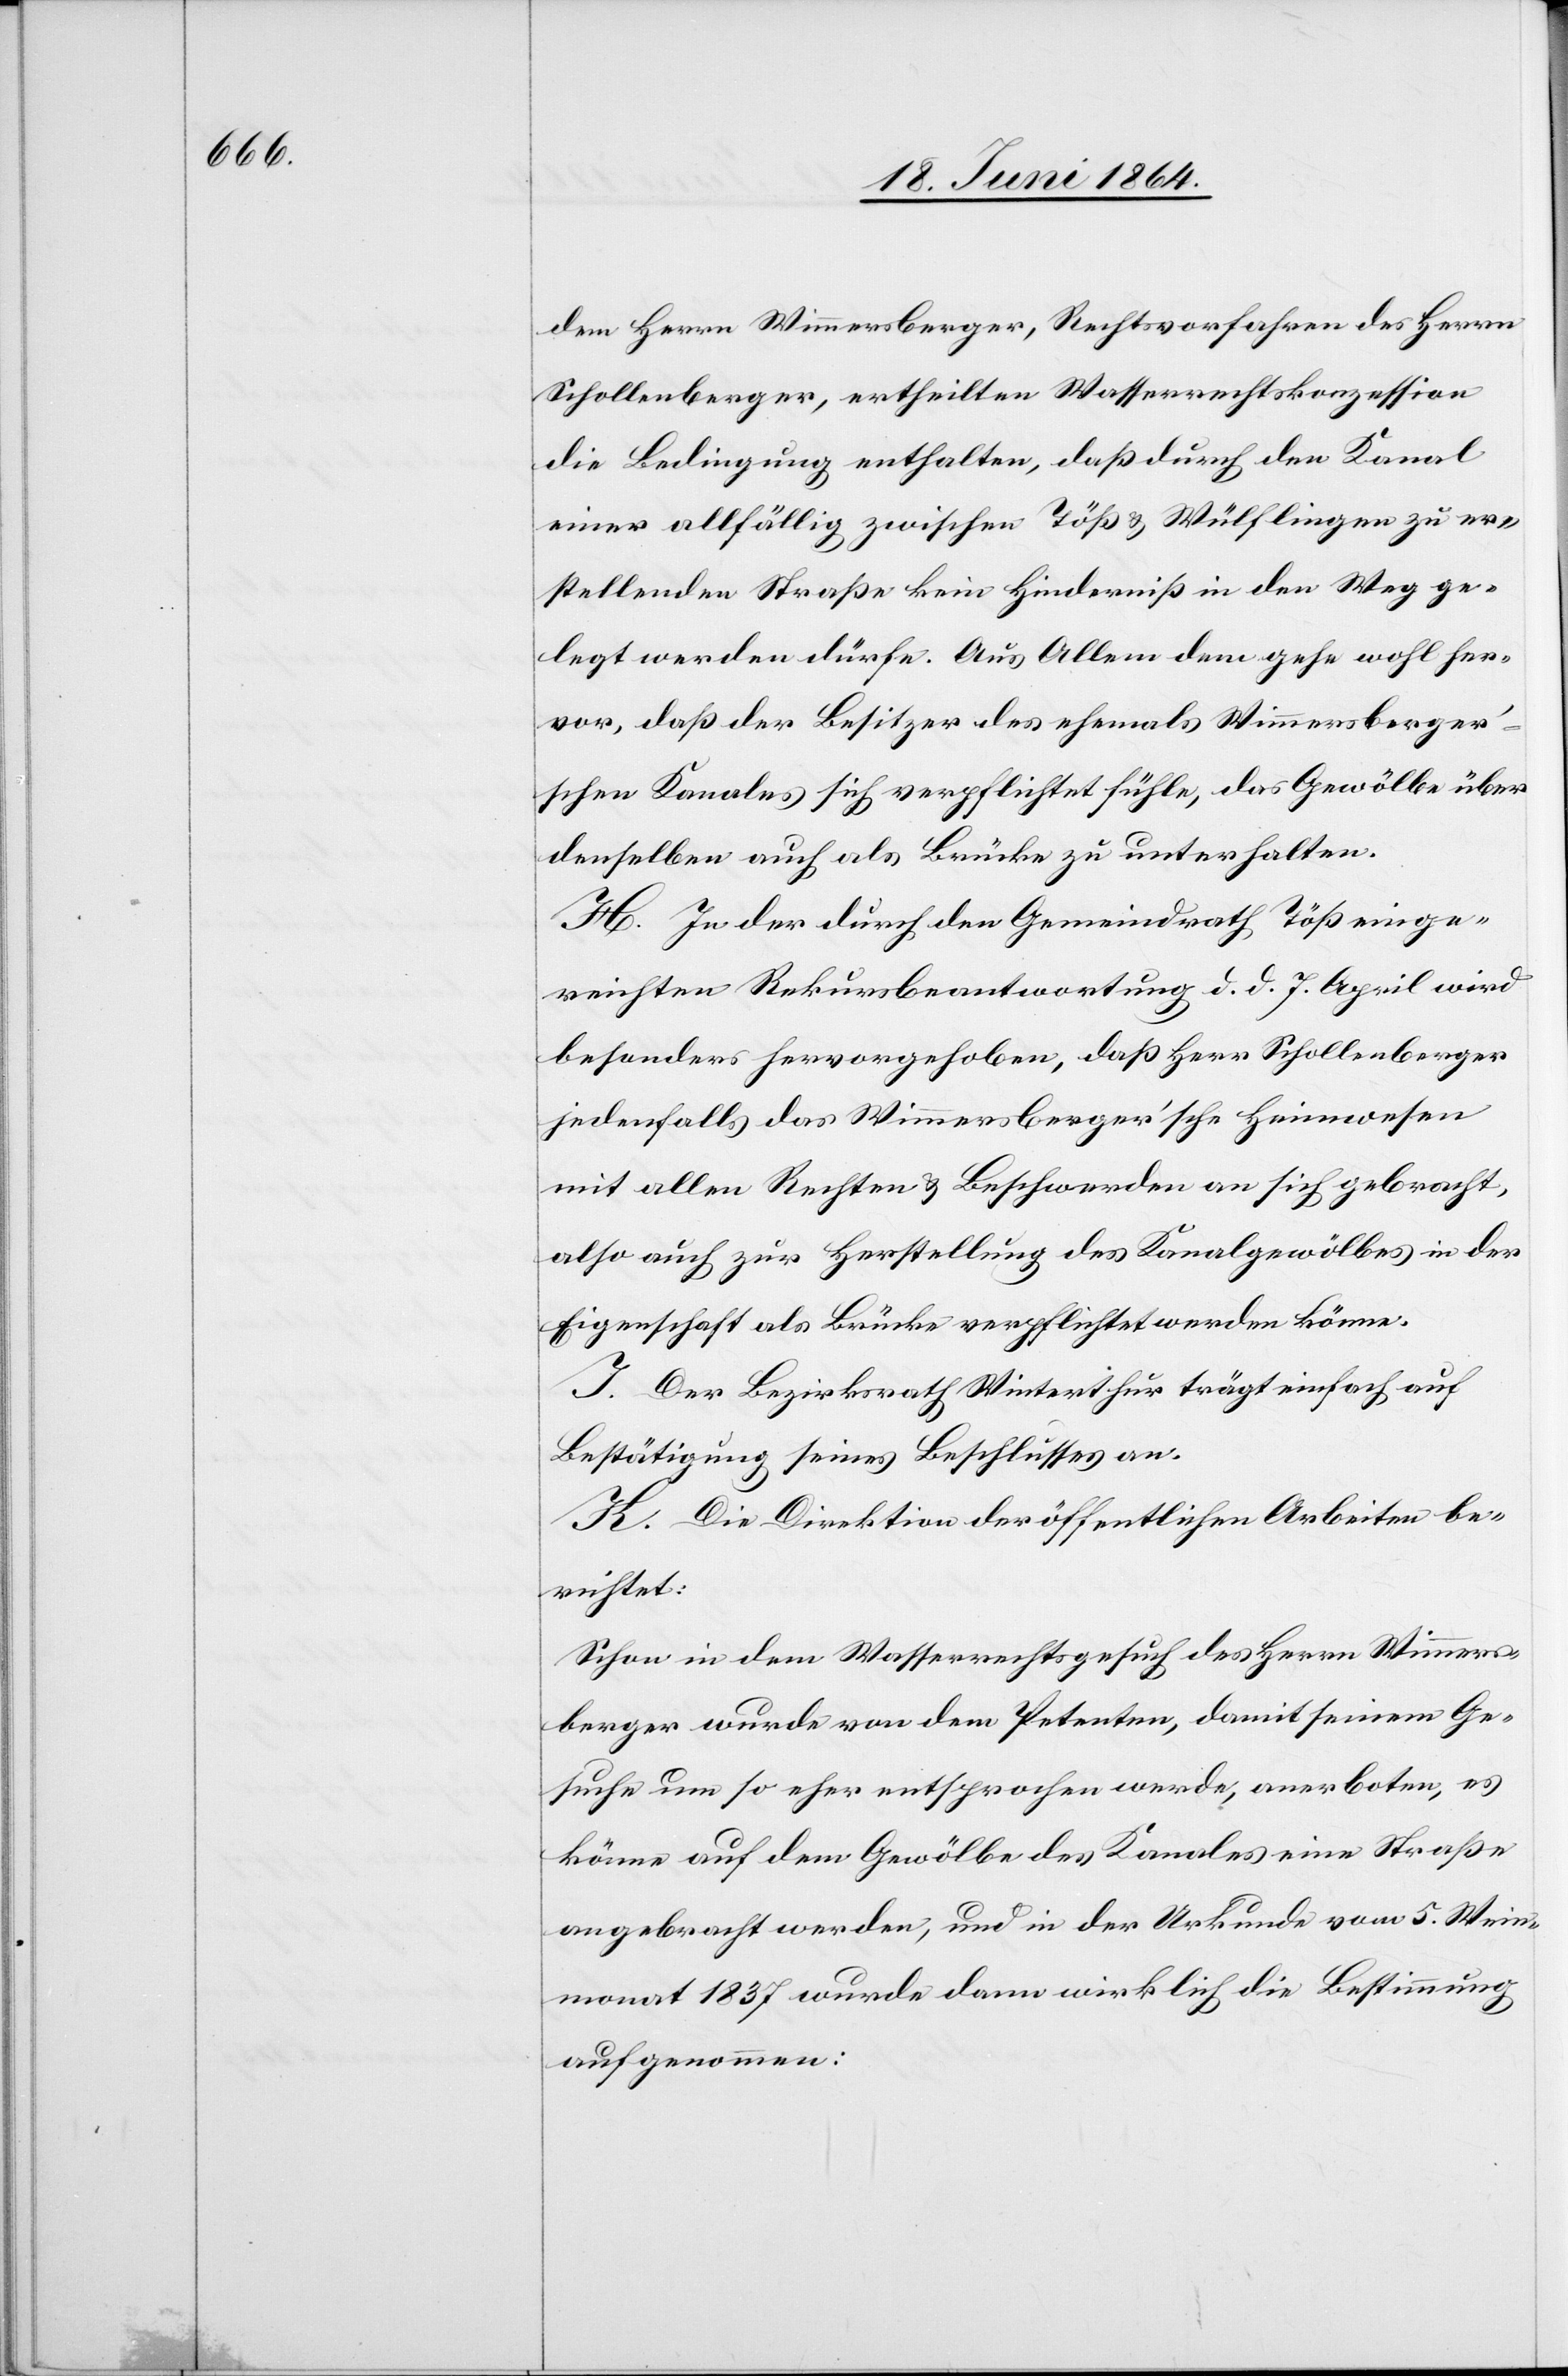
dem Herrn Wimmersberger, Rechtsvorfahren des Herrn
Schollenberger, ertheilten Wasserrechtskonzession
die Bedingung enthalten, daß durch den Kanal
einer allfällig zwischen Töß u. Wülflingen zu er¬
stellenden Straße kein Hinderniß in den Weg ge¬
legt werden dürfe. Aus Allem dem gehe wohl her¬
vor, daß der Besitzer des ehemals Wimmersberger’s¬
chen Kanales sich verpflichtet fühle, das Gewölbe über
denselben auch als Brücke zu unterhalten.
H. In der durch den Gemeindrath Töß einge¬
reichten Rekursbeantwortung d. d. 7. April wird
besonders hervorgehoben, daß Herr Schollenberger
jedenfalls das Wimmersberger’sche Heimwesen
mit allen Rechten u. Beschwerden an sich gebracht,
also auch zu Herstellung des Kanalgewölbes in der
Eigenschaft als Brücke verpflichtet werden könne.
I. Der Bezirksrath Winterthur trägt einfach auf
Bestätigung seines Beschlusses an.
K. Die Direktion der öffentlichen Arbeiten be¬
richtet:
Schon in dem Wasserrechtsgesuch des Herrn Wimmers¬
berger wurde von dem Petenten, damit seinem Ge¬
suche um so eher entsprochen werde, anerboten, es
könne auf dem Gewölbe des Kanales eine Straße
angebracht werden, und in der Urkunde vom 5. Wein¬
monat 1837 wurde dann wirklich die Bestimmung
aufgenommen: